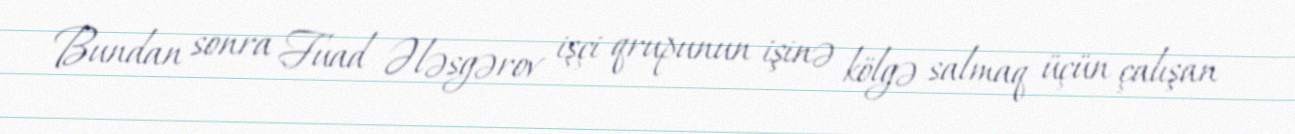
Bundan sonra Fuad Ələsgərov işçi qrupunun işinə kölgə salmaq üçün çalışan